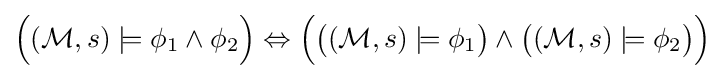
{\Big (}({\mathcal {M}},s)\models \phi _{1}\land \phi _{2}{\Big )}\Leftrightarrow {\Big (}{\big (}({\mathcal {M}},s)\models \phi _{1}{\big )}\land {\big (}({\mathcal {M}},s)\models \phi _{2}{\big )}{\Big )}